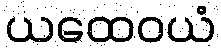
ယထေဝယံ